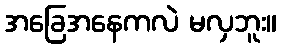
အခြေအနေကလဲ မလှဘူး။